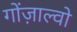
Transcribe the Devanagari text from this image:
गोंज़ाल्वो